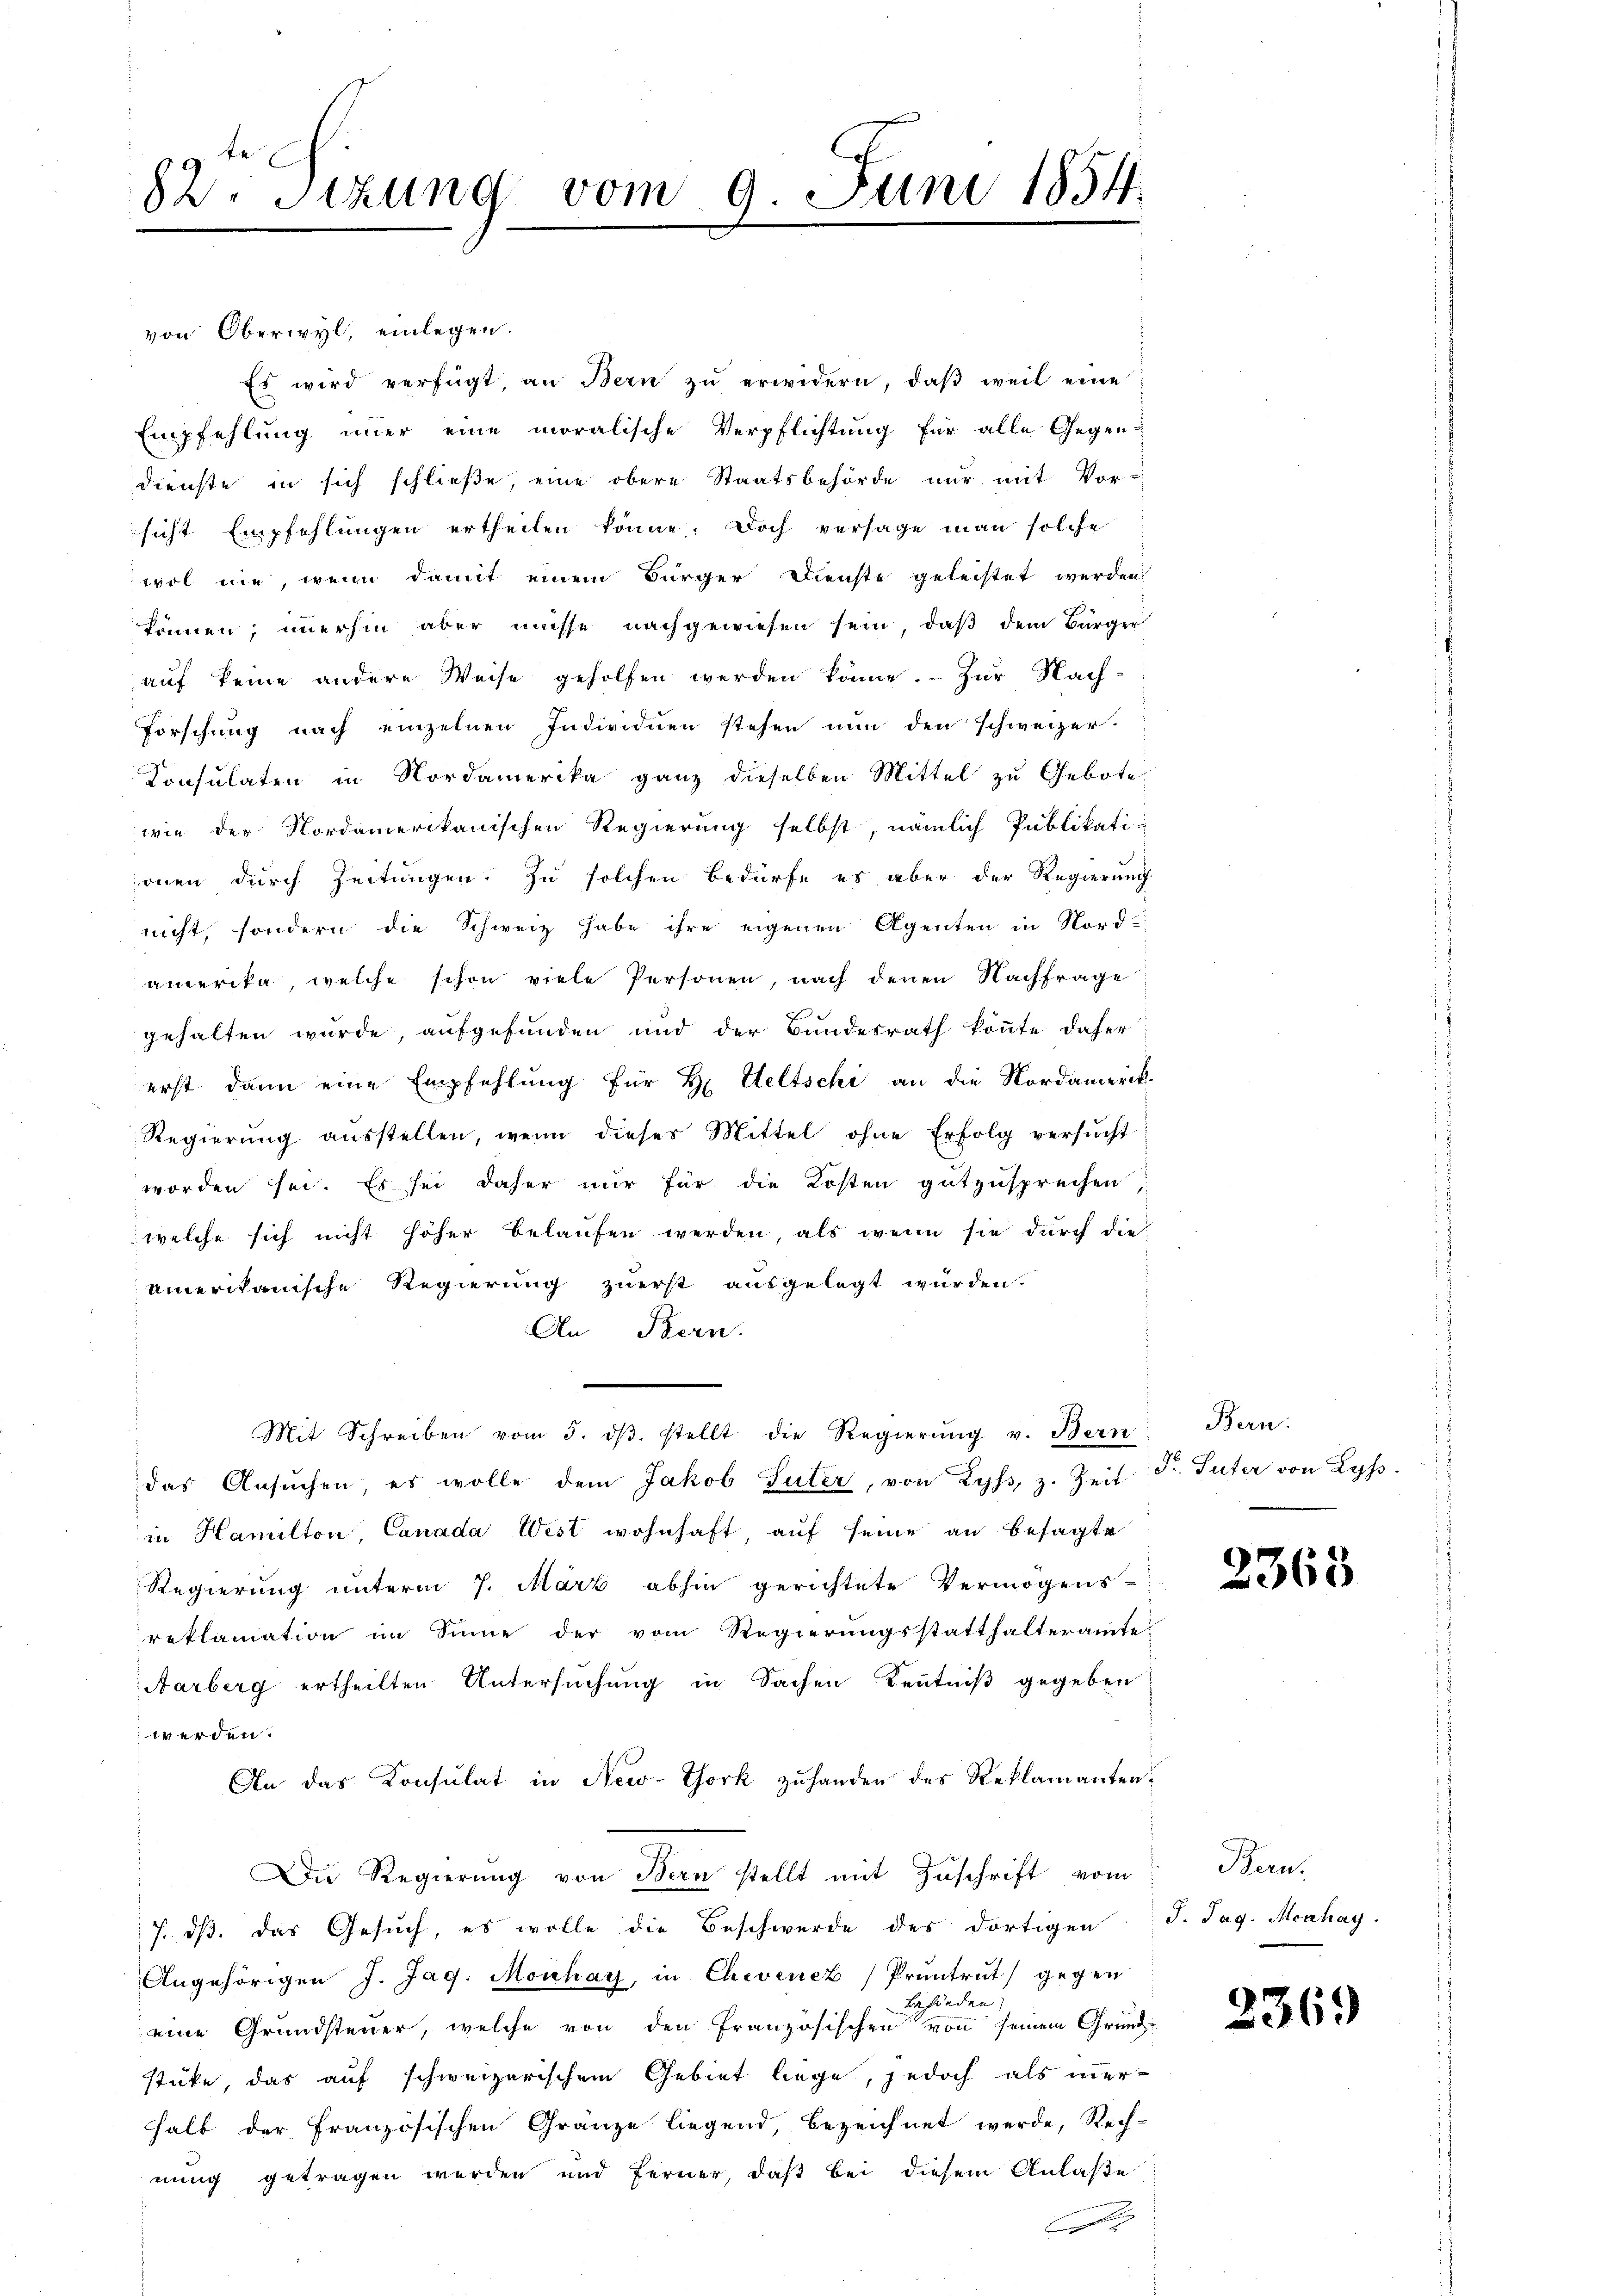
82. Sitzung vom 9. Juni 1854.

von Oberwyl, einlegen.
Es wird verfügt, an Bern zŭ erwidern, daβ weil eine
Empfehlung immer eine moralische Verpflichtung für alle Gegen-
Dienste in sich schließe, eine obere Staatsbehörde nur mit Vor-
sicht Empfehlungen ertheilen könne. Doch versage man solche
wol nie, wenn damit einem Bürger Dienste geleistet werden
können; imerhin aber müsse nachgewiesen sein, daß dem Bürger-
auf keine andere Weise geholfen werden könne. - Zur Nach-
Forschung nach einzelnen Individuen stehen nun den schweizer.
Consulaten in Nordamerika ganz dieselben Mittel zu Gebote
wie der Nordamerikanischen Regierung selbst, nämlich Publikati-
onen durch Zeitungen. Zu solchen Bedürfe es aber der Regierung
nicht, sondern die Schweiz habe ihre eigenen Agenten in Nordamerika, welche schon viele Personen, nach denen Nachfrage
gehalten wurde, aufgefunden und der Bundesrath könnte daher
erst dann eine Empfehlung für H. Weltschi an die Nordamerik.
Regierung ausstellen, wenn dieses Mittel ohne Erfolg versucht
worden sei. Es sei daher nur für die Kosten gutzusprechen,
welche sich nicht höher belaufen werden, als wenn sie durch die
umerikanische Regierung zuerst ausgelegt würden.
An Bern.
Mit Schreiben vom 5. dβ stellt die Regierŭng v. Bern Bern.
das Ansuchen, es wolle dem Jakob Suter, von Lyss, z. Zeit
in Hamilton, Canada West wohnhaft, auf seine an besagte
Regierung unterm 7. März abhin gerichtete Vermögens-
reklamation im Sinne der vom Regierungsstatthalteramte
Aarberg ertheilten Untersuchung in Sachen Kenntniß gegeben
werden.
An das Konsulat in New-York zuhanden des Reklamanten¬
Die Regierung von Bern stellt mit Zuschrift vom
17. ds. das Gesuch, es wolle die Beschwerde des dortigen
Angehörigen J. Jag. Mouchar, in Chevenez Pruntrut gegen
behörden.
eine Grundsteuer, welche von den Französischen von seinem Grund-
stüke, das auf schweizerischem Gebiet liege, jedoch als inerhalb der Französischen Gränze liegend, bezeichnet werde, Rech-
nung getragen werden und ferner, daß bei diesem Anlaße
g

Dr. Suter von Lyss.

2363

Bern.
J. Tag. Meahay.

2369